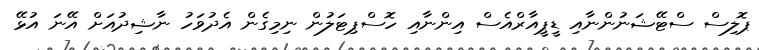
ޕޮލިސް ސްޓޭޝަނުންނާއި ޑީޕީއާރްއެސް އިންނާއި ހޮސްޕިޓަލުން ނިމިގެން އެދުވަހު ނާޝިދުއަށް އޭނަ އުޅޭ